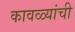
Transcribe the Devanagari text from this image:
कावळ्यांची